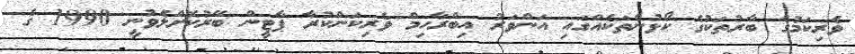
ވެރިކަމުގެ ބާރުތަކުގެ ކޯޅުންތަކެއްގައި އަންވަރު އިބްރާހިމް ވެރިކަންކުރާ ޕާޓީން ބޭރުކޮށްލެވުނީ 1990 ގެ